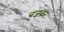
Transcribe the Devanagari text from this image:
बज्रका